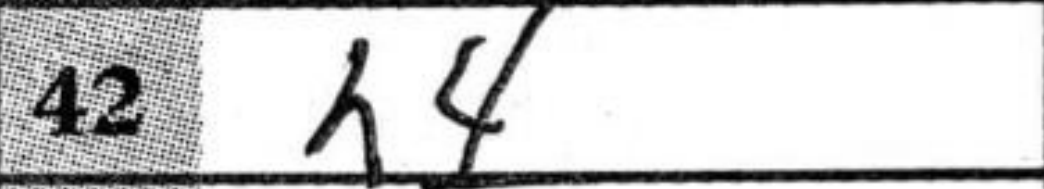
Transcription: h4